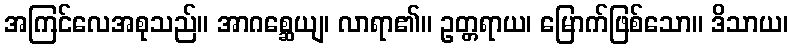
အကြင်လေအစုသည်။ အာဂစ္ဆေယျ၊ လာရာ၏။ ဥတ္တရာယ၊ မြောက်ဖြစ်သော။ ဒိသာယ၊